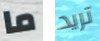
ما تريد